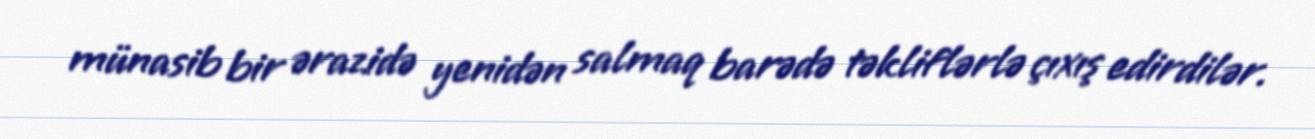
münasib bir ərazidə yenidən salmaq barədə təkliflərlə çıxış edirdilər.